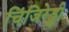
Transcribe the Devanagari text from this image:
चिंजिरेड्डी